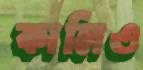
কালিও